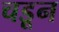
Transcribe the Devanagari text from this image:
चडून